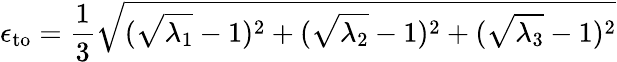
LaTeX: \epsilon_{\mathrm{to}}=\frac{1}{3}\sqrt{(\sqrt{\lambda_{1}}-1)^{2}+(\sqrt{\lambda_{2}}-1)^{2}+(\sqrt{\lambda_{3}}-1)^{2}}